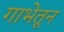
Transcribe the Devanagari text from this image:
गाभेतून